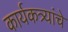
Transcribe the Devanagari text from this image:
कार्यकत्र्यांचे